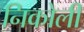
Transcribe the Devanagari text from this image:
निकोली